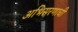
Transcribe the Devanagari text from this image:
अभिसरणाची